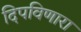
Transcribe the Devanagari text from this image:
दिपविणारा